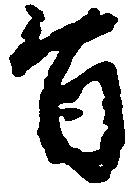
旨